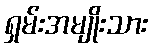
ရှမ်းအမျိုးသား